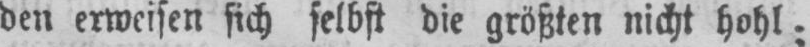
die größten nicht hohl;